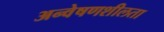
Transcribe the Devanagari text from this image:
अन्वेषणशीलता